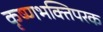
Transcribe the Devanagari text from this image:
कृष्णभक्तिपरक